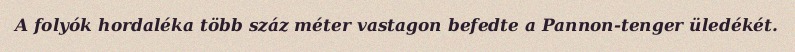
A folyók hordaléka több száz méter vastagon befedte a Pannon-tenger üledékét.